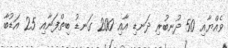
ވެއްޔާއި 50 ދުނބުރި ދަނޑި އާއި 200 ގަނޑު ބިތްފަނާއި 25 އަޑުބާ